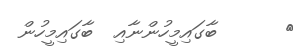
٤      ބާގައިމީހުންނާއި  ބާގައިމީހުން